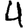
Digit: 4